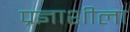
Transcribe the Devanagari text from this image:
प्रज्ञाशीला